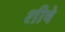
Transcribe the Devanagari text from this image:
शीषे